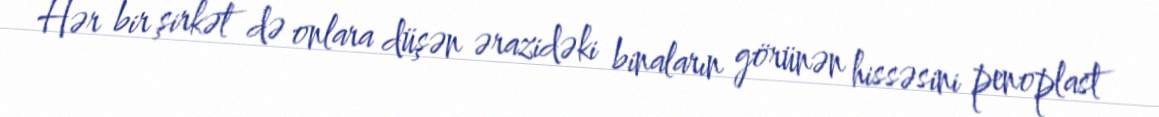
Hər bir şirkət də onlara düşən ərazidəki binaların görünən hissəsini penoplast